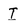
Character: I